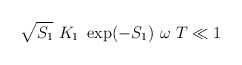
\begin{align*}\sqrt{S_{1}} \ K_{1} \ \exp(-S_{1}) \ \omega \ T \ll 1\end{align*}